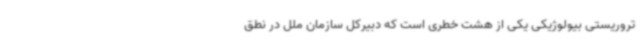
تروریستی بیولوژیکی یکی از هشت خطری است که دبیرکل سازمان ملل در نطق